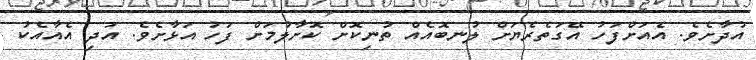
އުދާށެވެ. އެއަށްފަހު އޭގަތެރެޔަށް ލުނބޮއެއް ތުނިކޮށް ކޮށާލުމަށް ފަހު އަޅާށެވެ. އަދި އެއާއެކު